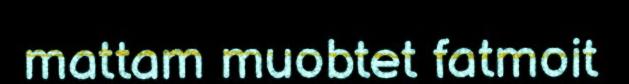
mattam muobtet fatmoit